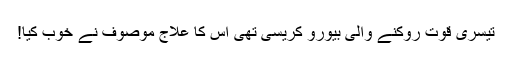
تیسری قوت روکنے والی بیورو کریسی تھی اس کا علاج موصوف نے خوب کیا!